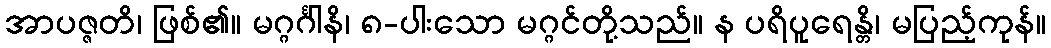
အာပဇ္ဇတိ၊ ဖြစ်၏။ မဂ္ဂင်္ဂါနိ၊ ၈-ပါးသော မဂ္ဂင်တို့သည်။ န ပရိပူရေန္တိ၊ မပြည့်ကုန်။